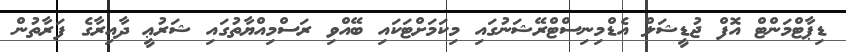
ޑިޕާޓްމަންޓް އޮފް ޖުޑީޝަލް އެޑްމިނިސްޓްރޭޝަނުގައި މިކަމަށްޓަކައި ބޭއްވި ރަސްމިއްޔާތުގައި ޝަރުޢީ ދާއިރާގެ ފަރާތުން